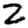
Digit: 2